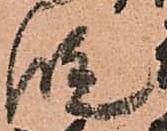
段